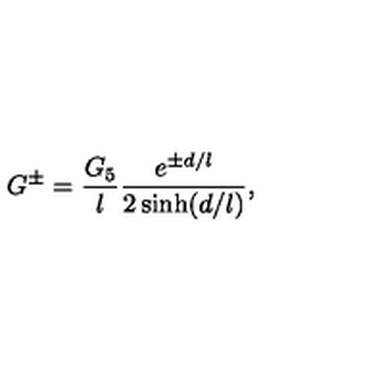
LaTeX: G ^ { \pm } = \frac { G _ { 5 } } l \frac { e ^ { \pm d / l } } { 2 \sinh ( d / l ) } ,